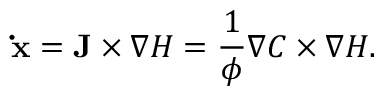
\mathbf { \dot { x } } = \mathbf { J } \times \nabla H = \frac { 1 } { \phi } \nabla C \times \nabla H .